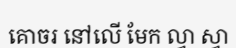
គោចរ នៅលើ មែក ល្វា ស្វា